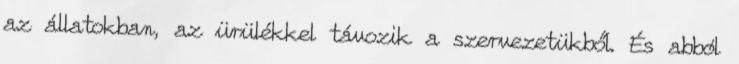
az állatokban, az ürülékkel távozik a szervezetükből. És abból